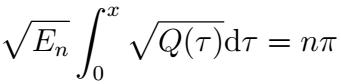
\[\sqrt{E_n} \int_{0}^{x} \sqrt{Q(\tau)} \mathrm{d}\tau = n\pi\]